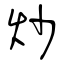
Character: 炒